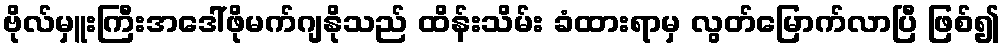
ဗိုလ်မှူးကြီးအဒေါ်ဖိုမက်ဂျနိုသည် ထိန်းသိမ်း ခံထားရာမှ လွတ်မြောက်လာပြီ ဖြစ်၍